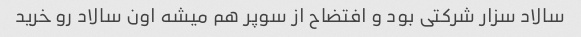
سالاد سزار شرکتی بود و افتضاح از سوپر هم میشه اون سالاد رو خرید